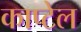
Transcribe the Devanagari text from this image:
काप्टेल